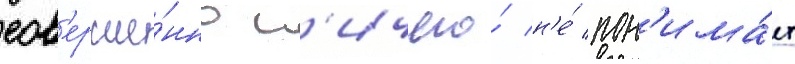
сов'ерше́нно н'ичего́ н'е́ пон'има́ет